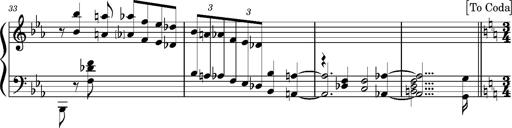
Title: PrÃ©ludes et Harmonies poÃ©tiques et religieuses
Composer: Franz Liszt